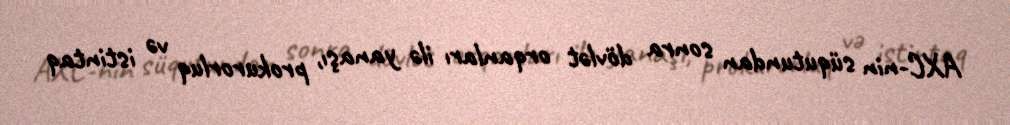
AXC-nin süqutundan sonra dövlət orqanları ilə yanaşı, prokurorluq və istintaq